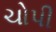
ચોપી